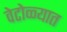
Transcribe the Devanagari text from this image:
वेटोळ्यात